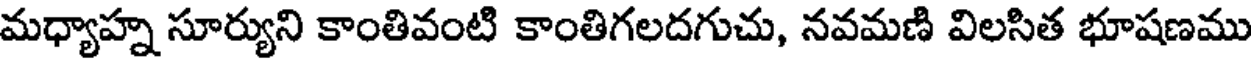
మధ్యాహ్న సూర్యుని కాంతివంటి కాంతిగలదగుచు, నవమణి విలసిత భూషణము